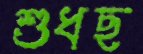
শুধছ